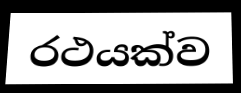
රථයක්ව